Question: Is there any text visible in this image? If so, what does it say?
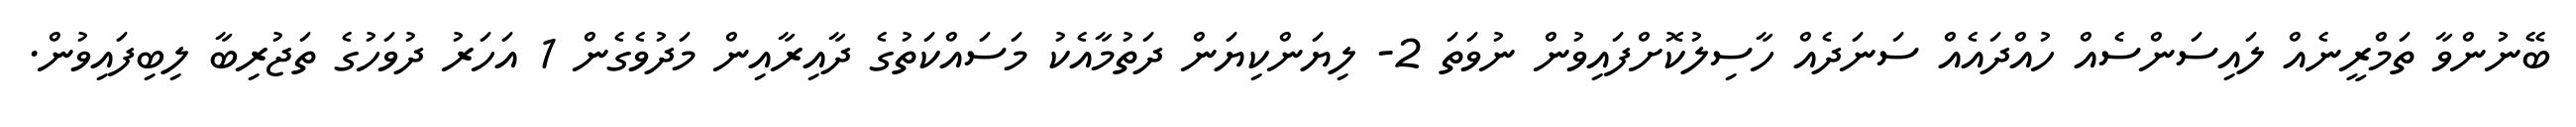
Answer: ބޭނުންވާ ތަމްރީނެއް ލައިސަންސެއް ހުއްދައެއް ސަނަދެއް ހާސިލުކޮށްފައިވުން ނުވަތަ 2- ލިޔަންކިޔަން ދަތުމާއެކު މަސައްކަތުގެ ދާއިރާއިން މަދުވެގެން 1 އަހަރު ދުވަހުގެ ތަޖުރިބާ ލިބިފައިވުން.